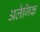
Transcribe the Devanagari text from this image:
अलैगिक